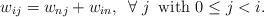
LaTeX: \begin{align*}w_{ij} = w_{nj} + w_{in}, \,\,\,\forall \,\, j \,\,\,\mbox{with $0\leq j < i$}.\end{align*}